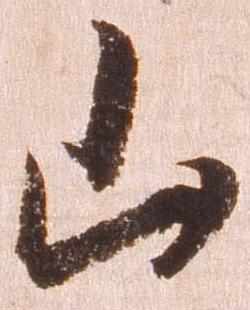
山